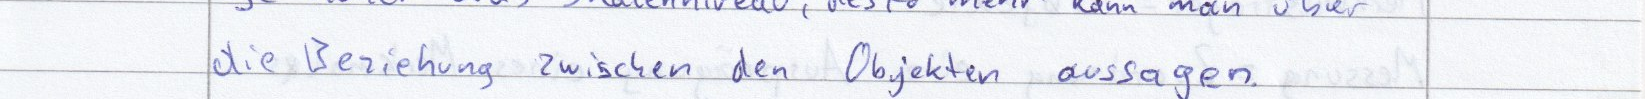
die Beziehung zwischen den Objekten aussagen